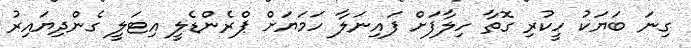
ގިނަ ބަޔަކު ހީކުރި ގޮތާ ހިލާފަށް ފައިނަލާ ހަމަޔަށް ޕްރެންޑެލީ އިޓަލީ ގެންދިޔައިރު